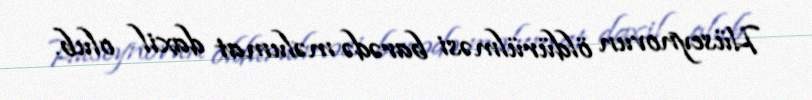
Hüseynovun öldürülməsi barədə məlumat daxil olub.